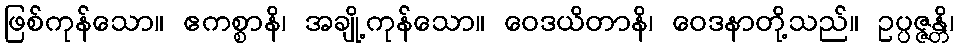
ဖြစ်ကုန်သော။ ဧကစ္စာနိ၊ အချို့ကုန်သော။ ဝေဒယိတာနိ၊ ဝေဒနာတို့သည်။ ဥပ္ပဇ္ဇန္တိ၊